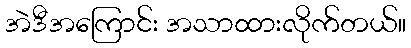
အဲဒီအကြောင်း အသာထားလိုက်တယ်။